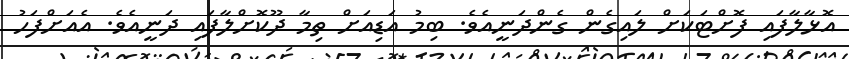
އޮޅާލާފައި ފޮށްޓަކަށް ލައިގެން ގެންދަނީއެވެ. ބިމު އަޑިއަށް ތިމާ ދޫކޮށްލާފައި ދަނީއެވެ. އެއަށްފަހު